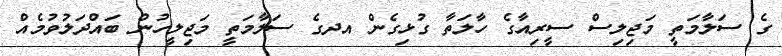
ގެ ސަލާމަތީ މަޖިލިސް ސީރިއާގެ ހާލަތާ ގުޅިގެން އދގެ ސަލާމަތީ މަޖިލީހުން ބައްދަލުވުމެއް